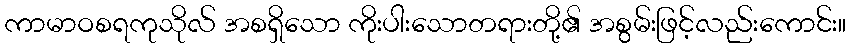
ကာမာဝစရကုသိုလ် အစရှိသော ကိုးပါးသောတရားတို့၏ အစွမ်းဖြင့်လည်းကောင်း။